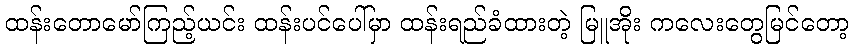
ထန်းတောမော်ကြည့်ယင်း ထန်းပင်ပေါ်မှာ ထန်းရည်ခံထားတဲ့ မြူအိုး ကလေးတွေမြင်တော့